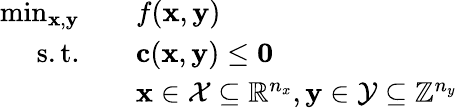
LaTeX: \begin{array}{rl}{\operatorname*{min}_{\mathbf{x},\mathbf{y}}\quad}&{f(\mathbf{x},\mathbf{y})}\\ {\mathrm{s.t.}\quad}&{\mathbf{c}(\mathbf{x},\mathbf{y})\leq\mathbf{0}}\\ &{\mathbf{x}\in\mathcal{X}\subseteq\mathbb{R}^{n_{x}},\mathbf{y}\in\mathcal{Y}\subseteq\mathbb{Z}^{n_{y}}}\end{array}